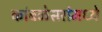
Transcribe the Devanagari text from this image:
कांबळेसरांमध्ये